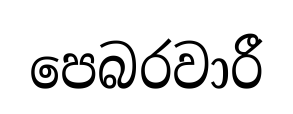
පෙබරවාරී